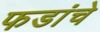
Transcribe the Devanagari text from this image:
फडांचे